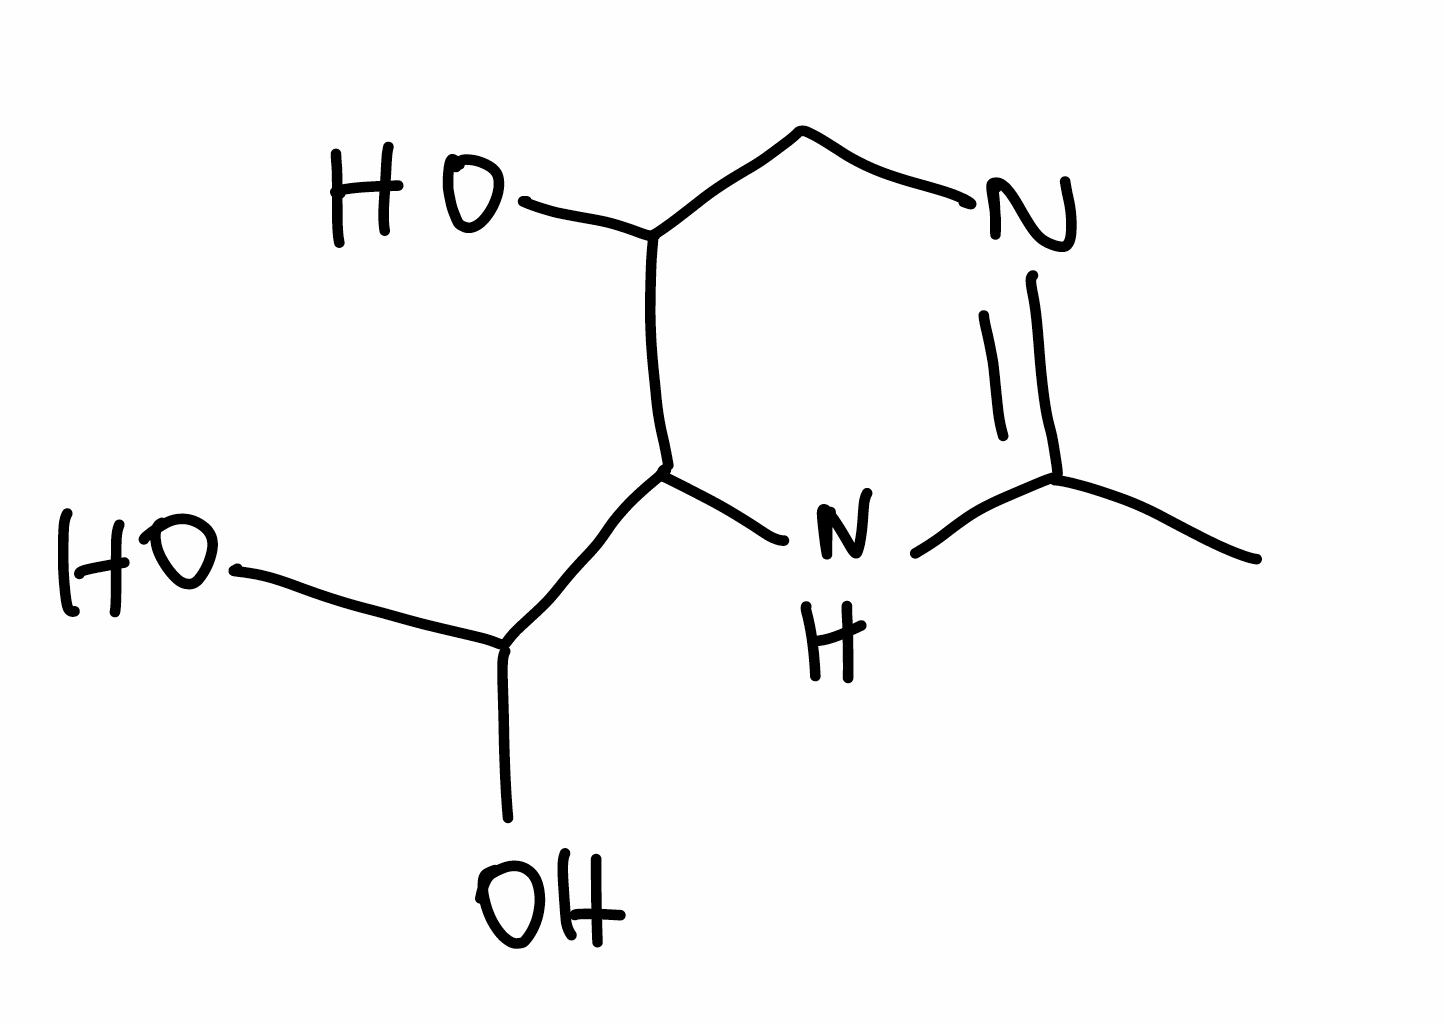
Simplified molecular-input line-entry system (SMILES) notation of the given molecule:
CC1=NCC(C(N1)C(O)O)O